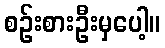
စဉ်းစားဦးမှပေါ့။